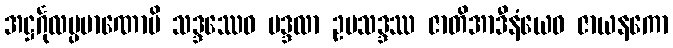
အဋ္ဌင်္ဂုလပ္ပမာဏောပိ သဒ္ဒဿေဝ မဒ္ဒလာ ဥပသဒ္ဒဿ ဇာတိအာဒီနံယေဝ ဇာယနကော